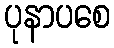
ပုနာပစေ